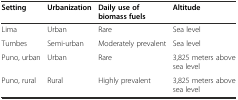
<table><thead><tr><td><b>Setting</b></td><td><b>Urbanization</b></td><td><b>Daily use of biomass fuels</b></td><td><b>Altitude</b></td></tr></thead><tbody><tr><td>Lima</td><td>Urban</td><td>Rare</td><td>Sea level</td></tr><tr><td>Tumbes</td><td>Semi-urban</td><td>Moderately prevalent</td><td>Sea level</td></tr><tr><td>Puno, urban</td><td>Urban</td><td>Rare</td><td>3,825 meters above sea level</td></tr><tr><td>Puno, rural</td><td>Rural</td><td>Highly prevalent</td><td>3,825 meters above sea level</td></tr></tbody></table>